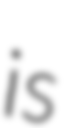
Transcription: is